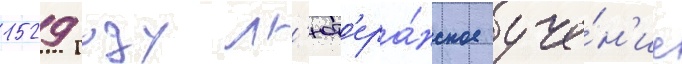
1529 году л'ют'ера́нское уче́н'ие